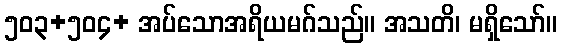
၅၀၃+၅၀၄+ အပ်သောအရိယမဂ်သည်။ အသတိ၊ မရှိသော်။